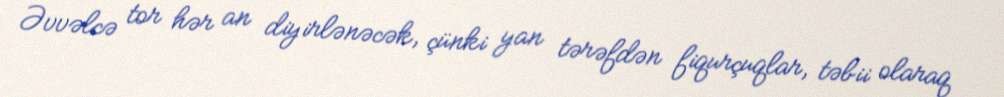
Əvvəlcə tor hər an diyirlənəcək, çünki yan tərəfdən fiqurçuqlar, təbii olaraq